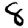
Digit: 8